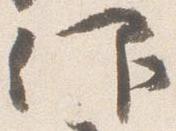
仰